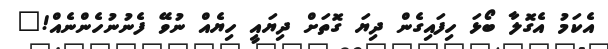
އެކަމު އެގޮލާ ބޯޅަ ހިފައިގެން ދިޔަ ގޮތަށް ދިޔައީ ހިޔެއް ނުވޭ ފެނުނުހެންނެއް!"